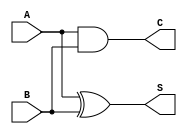
module current_mode_half_adder (
    input wire A,  // Input A
    input wire B,  // Input B
    output wire S, // Sum output
    output wire C  // Carry output
);

// Logic for Sum (S) and Carry (C)
assign S = A ^ B; // Sum is A XOR B
assign C = A & B; // Carry is A AND B

endmodule